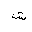
Letter: _shin